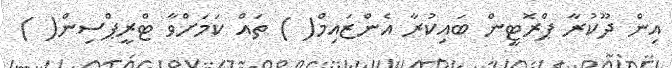
އިން ދޫކުރާ ޕްރޮޓީން ބައިކުރާ އެންޒައިމް( ) ތައް ކަމަށްވާ ޓްރީޕްސިން( )